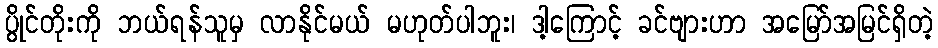
ပွိုင်တိုးကို ဘယ်ရန်သူမှ လာနိုင်မယ် မဟုတ်ပါဘူး၊ ဒါ့ကြောင့် ခင်ဗျားဟာ အမြော်အမြင်ရှိတဲ့